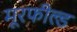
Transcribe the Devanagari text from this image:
मूरफील्ड